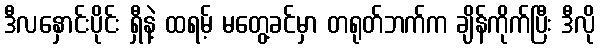
ဒီလနှောင်းပိုင်း ရှီနဲ့ ထရမ့် မတွေ့ခင်မှာ တရုတ်ဘက်က ချိန်ကိုက်ပြီး ဒီလို